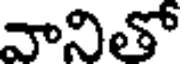
వానితో